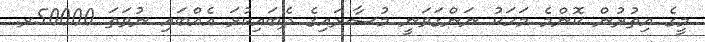
މީގެ އިތުރުން ކޮންމެ މަހަކު ނަންގަވަނީ މުސާރައިގެ ދެބައިކުޅަ އެއްބައި ނުވަތަ 50000ރ.